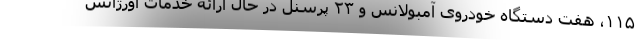
۱۱۵، هفت دستگاه خودروی آمبولانس و ۲۳ پرسنل در حال ارائه خدمات اورژانس